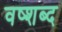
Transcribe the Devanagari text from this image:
वष्शब्द